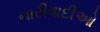
નારીવાદીઓ